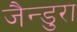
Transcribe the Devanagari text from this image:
जैन्डुरा